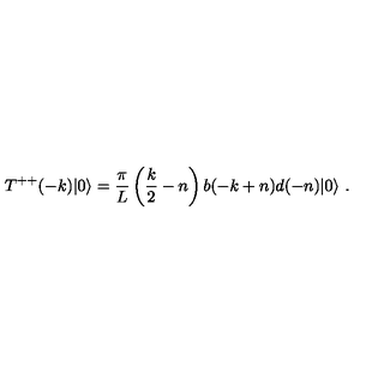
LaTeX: T ^ { + + } ( - k ) | 0 \rangle = { \frac { \pi } { L } } \left( { \frac { k } { 2 } } - n \right) b ( - k + n ) d ( - n ) | 0 \rangle \ .